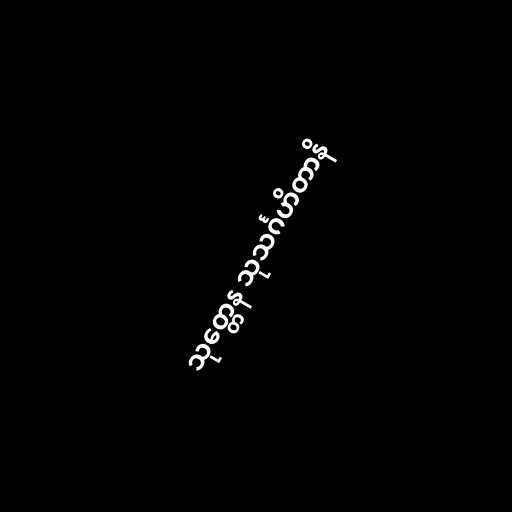
သုတ္တေန သုသင်္ဂဟိတာနိ